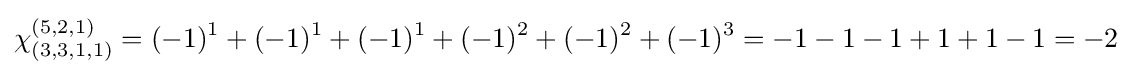
\chi _{(3,3,1,1)}^{(5,2,1)}=(-1)^{1}+(-1)^{1}+(-1)^{1}+(-1)^{2}+(-1)^{2}+(-1)^{3}=-1-1-1+1+1-1=-2